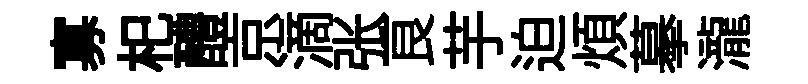
寡𣏌醴京滴张良芋迫煩摹瀧